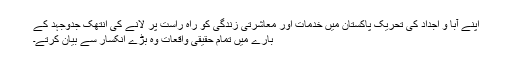
اپنے آبا و اجداد کی تحریک پاکستان میں خدمات اور معاشرتی زندگی کو راہ راست پر لانے کی انتھک جدوجہد کے
بارے میں تمام حقیقی واقعات وہ بڑے انکسار سے بیان کرتے۔